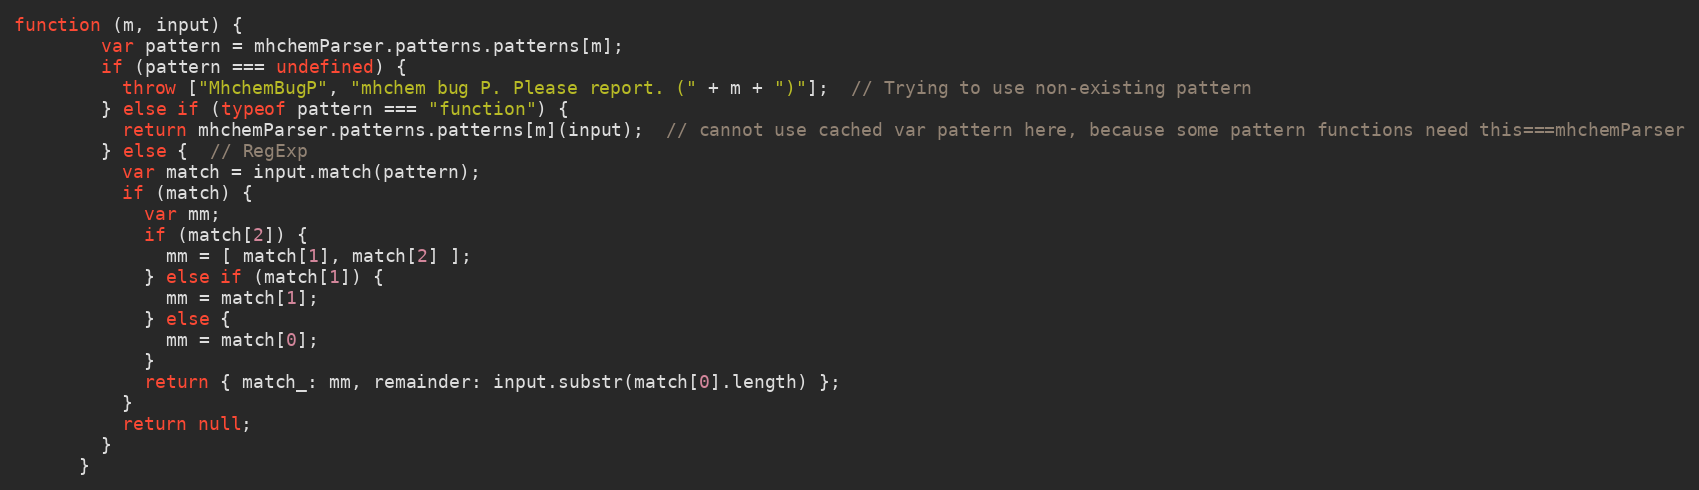
Language: JavaScript
function (m, input) {
        var pattern = mhchemParser.patterns.patterns[m];
        if (pattern === undefined) {
          throw ["MhchemBugP", "mhchem bug P. Please report. (" + m + ")"];  // Trying to use non-existing pattern
        } else if (typeof pattern === "function") {
          return mhchemParser.patterns.patterns[m](input);  // cannot use cached var pattern here, because some pattern functions need this===mhchemParser
        } else {  // RegExp
          var match = input.match(pattern);
          if (match) {
            var mm;
            if (match[2]) {
              mm = [ match[1], match[2] ];
            } else if (match[1]) {
              mm = match[1];
            } else {
              mm = match[0];
            }
            return { match_: mm, remainder: input.substr(match[0].length) };
          }
          return null;
        }
      }